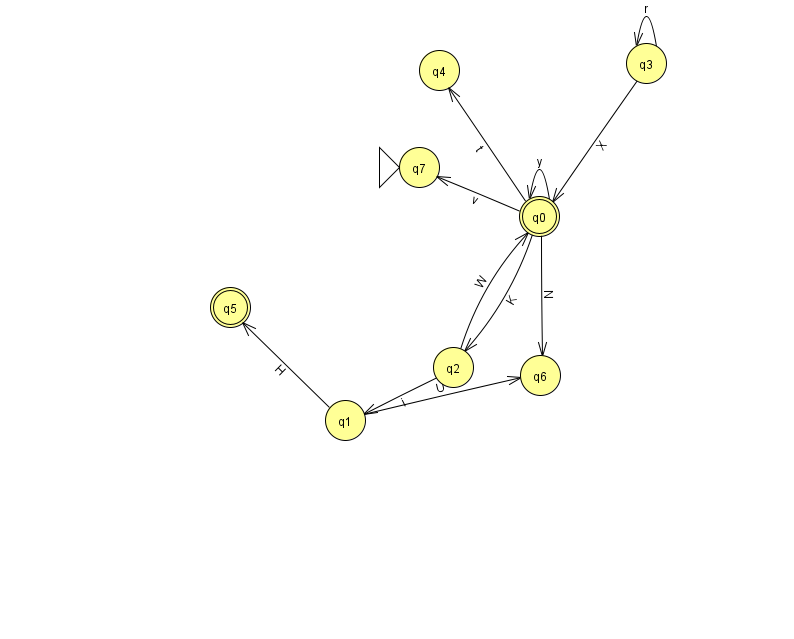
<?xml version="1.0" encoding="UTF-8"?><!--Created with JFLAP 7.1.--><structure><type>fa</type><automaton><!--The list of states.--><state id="0" name="q0"><x>539.0</x><y>203.0</y><final/></state><state id="1" name="q1"><x>345.0</x><y>407.0</y></state><state id="2" name="q2"><x>453.0</x><y>354.0</y></state><state id="3" name="q3"><x>646.0</x><y>50.0</y></state><state id="4" name="q4"><x>439.0</x><y>57.0</y></state><state id="5" name="q5"><x>230.0</x><y>294.0</y><final/></state><state id="6" name="q6"><x>540.0</x><y>362.0</y></state><state id="7" name="q7"><x>419.0</x><y>154.0</y><initial/></state><!--The list of transitions.--><transition><from>2</from><to>1</to><read>i</read></transition><transition><from>3</from><to>3</to><read>r</read></transition><transition><from>1</from><to>6</to><read>U</read></transition><transition><from>0</from><to>2</to><read>K</read></transition><transition><from>0</from><to>7</to><read>v</read></transition><transition><from>0</from><to>4</to><read>t</read></transition><transition><from>0</from><to>0</to><read>y</read></transition><transition><from>0</from><to>6</to><read>N</read></transition><transition><from>2</from><to>0</to><read>W</read></transition><transition><from>3</from><to>0</to><read>X</read></transition><transition><from>1</from><to>5</to><read>H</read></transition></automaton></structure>